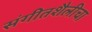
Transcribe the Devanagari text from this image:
संगीतशैलीचा